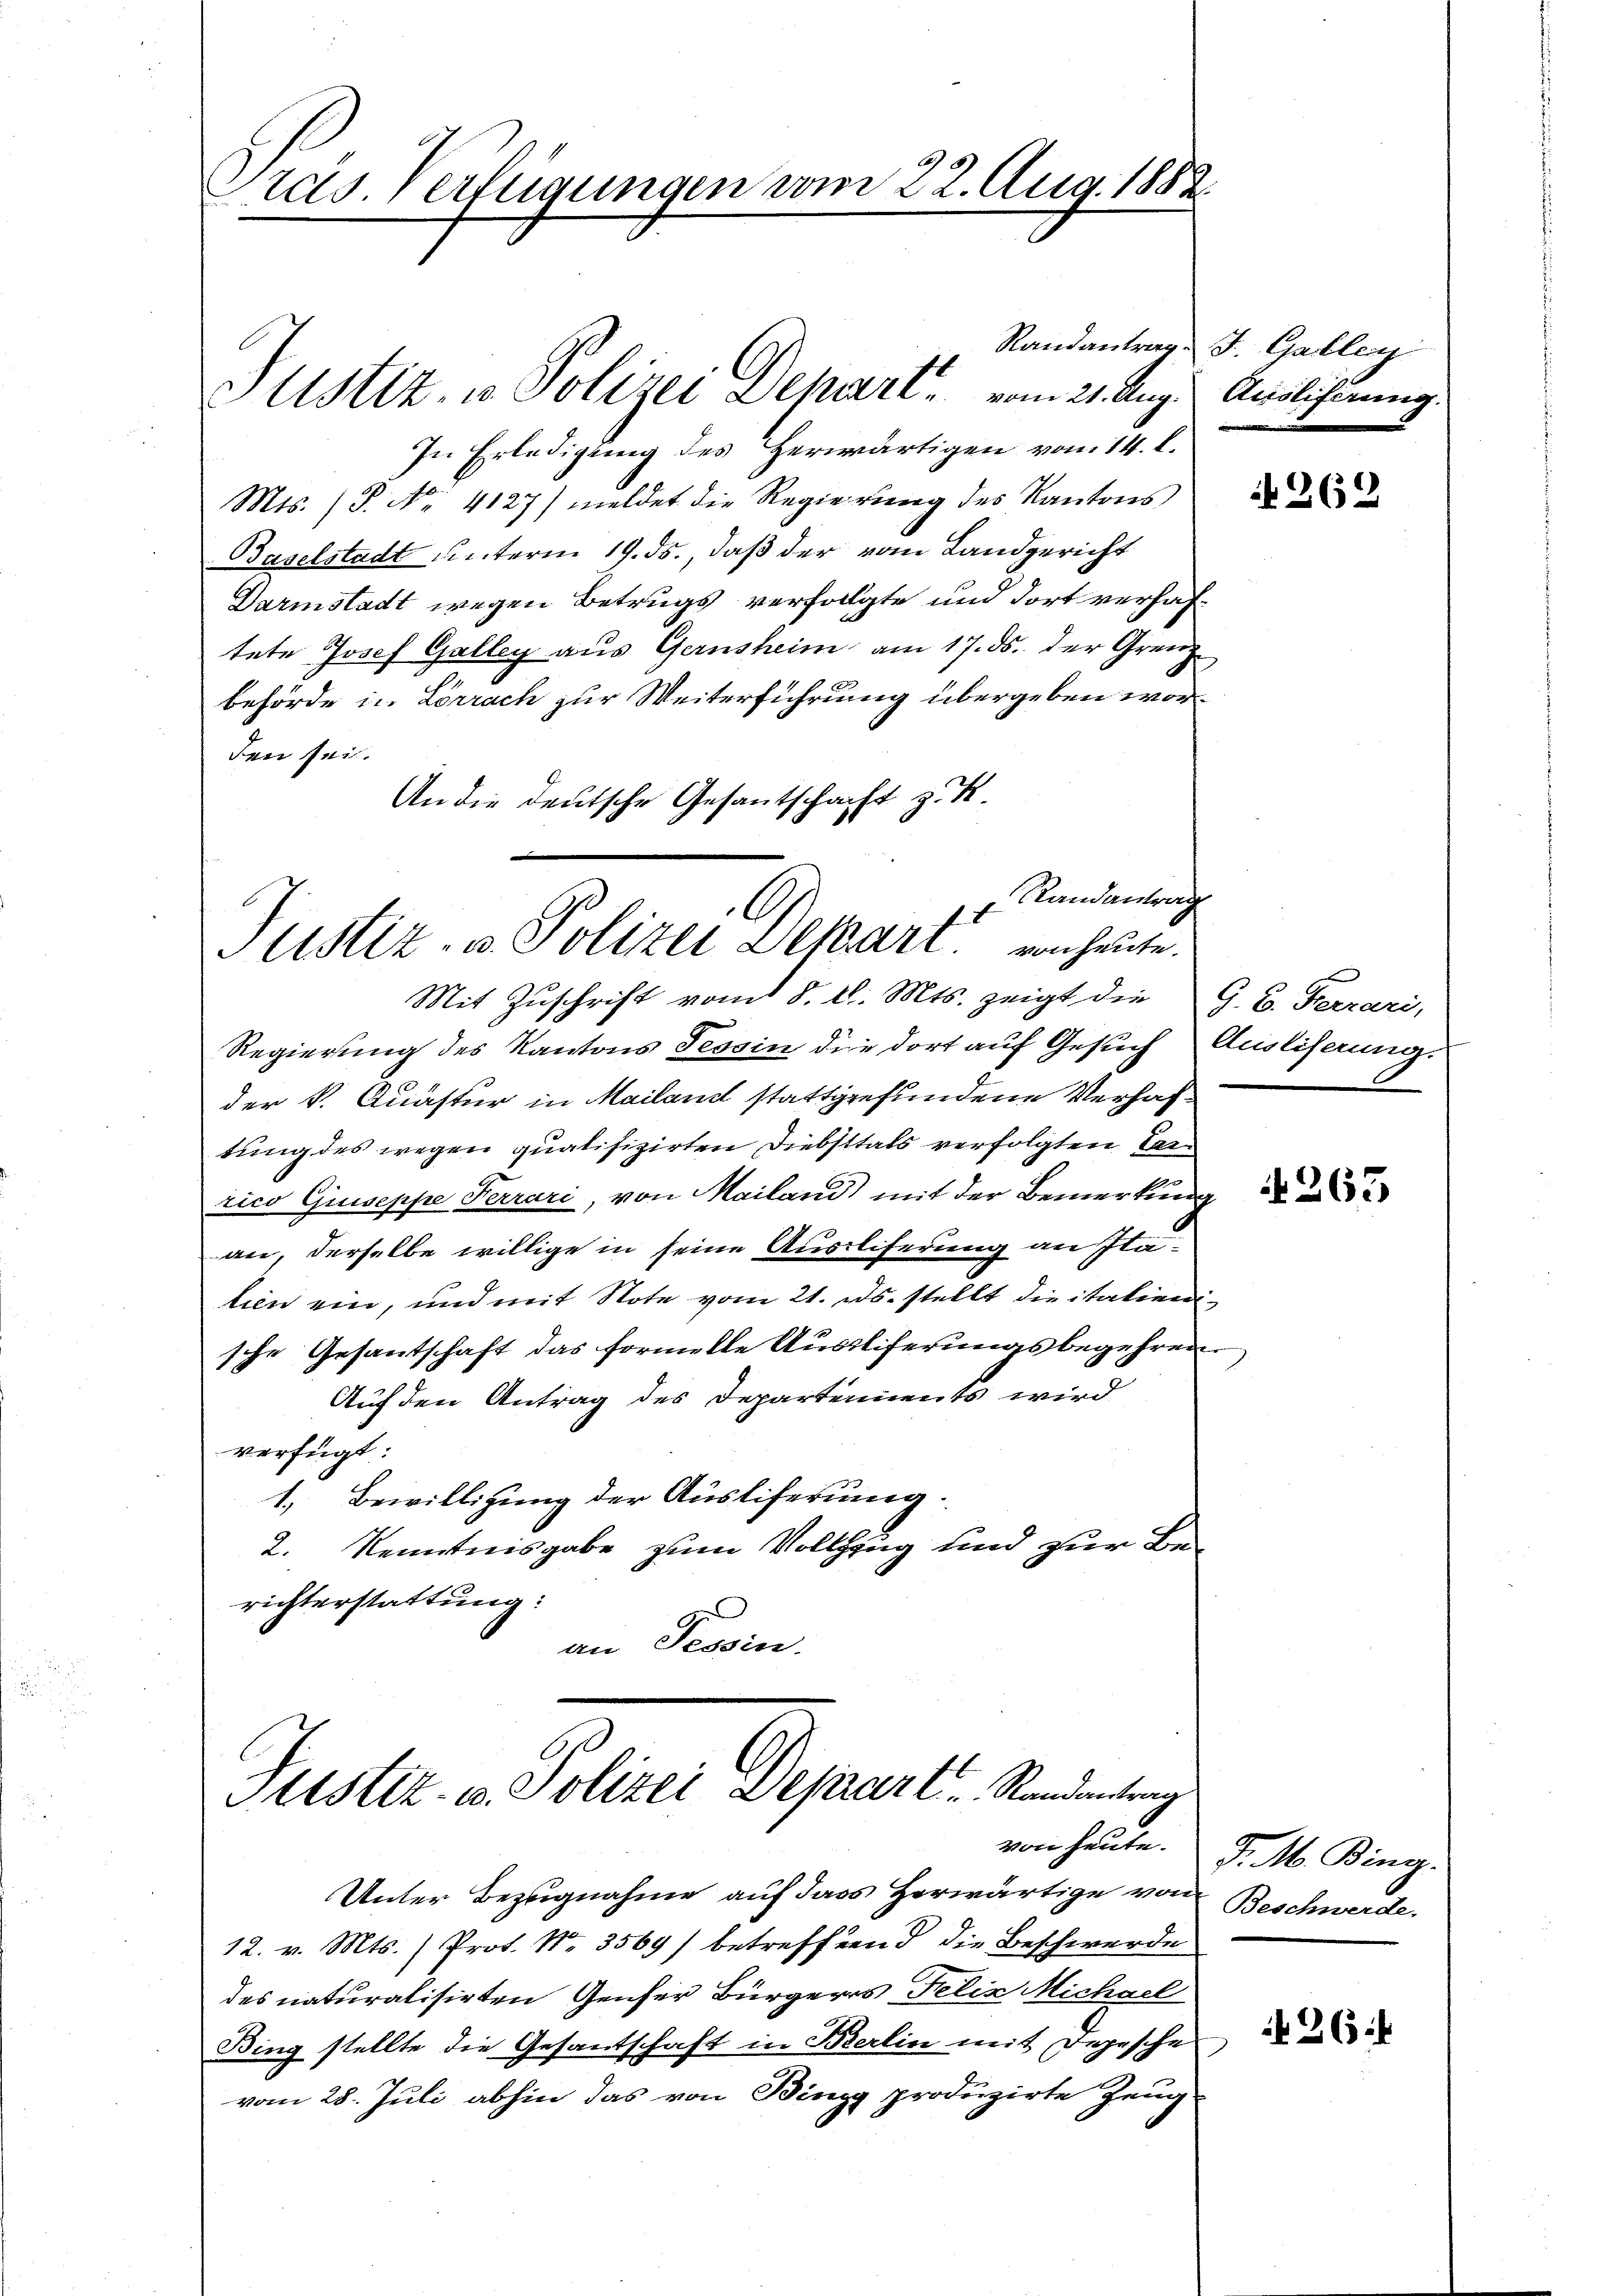
Pras. Verfügungen vom 22. Aug. 1882.

Justiz, u. Polizei Depari vom 21. Aug.
In Erledigung des Herwärtigen vom 14. l.
Mts. (T. No. 4127) meldet die Regierung des Kantons
Baselstadt unterm 19. ds. daß der vom Landgericht
Darmstadt wegen Betrugs verfolgte und dort verhaftete Josef Galley aus Gernsheim am 17. ds. der Grenz
behörde in Lörrach zur Weiterführung übergeben worden sei.
An die deutsche Gesantschaft z. K.
Mit Zŭschrift vom 8. d. Mts. zeigt die G. B. Ferrari,
Regierung des Kantons Tessin die dort auf Gesuch Ausliserung.
der k. Quaster in Mailand stattgefundene Verhaftung des wegen qualifizirten Diebsttals verfolgten Canrico Giuseppe Ferrari, von Mailand mit der Bemerkung
an, derselbe willige in seine Auslieferung an Itatien ein, und mit Note vom 21. ds. stellt die italienische Gesantschaft das formelle Ausliferungsbegehren
Auf den Antrag des Departennents wird
verfügt:
1.) Bewilligung der Ausliferung.
2. Kenntnisgabe zum Vollzug und zur Berichterstattung:
an Tessin.

Randantrag
Justiz- u. Polizei Depart von heute.

Justiz- u. Polizei Depart. Standenlang
von heute.

Unter Bezugnahme auf dass herwärtige von
12. v. Mts. Prot. Nr. 3569) betreffend die Beschwerde
des naturalisirten Genfer Bürgers Felix Michael
Bing stellte die Gesantschaft in Bierlin mit Depesche
vom 28. Juli abhin das von Bingg produzirte Zeug

Randantrag St. Gallen
Ausliferung.

N 262

N 263

P. M. Bing.
Beschwerde.

26